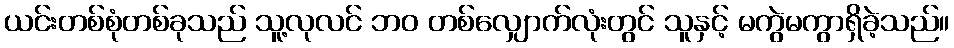
ယင်းတစ်စုံတစ်ခုသည် သူ့လုလင် ဘဝ တစ်လျှောက်လုံးတွင် သူနှင့် မကွဲမကွာရှိခဲ့သည်။